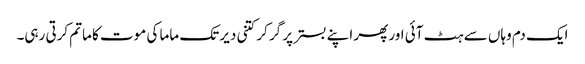
ایک دم وہاں سے ہٹ آئی اور پھر اپنے بستر پر گر کر کتنی دیر تک ماما کی موت کا ماتم کرتی رہی۔